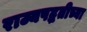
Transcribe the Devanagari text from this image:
राज्यपद्धतीच्या